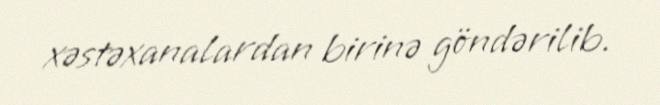
xəstəxanalardan birinə göndərilib.